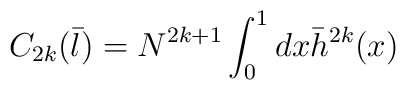
C_{2k}({\bar l})=N^{2k+1}\int_{0}^{1}dx{\bar h}^{2k}(x)